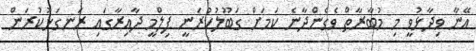
އޭނާ ވިދާޅުވީ މި މުބާރާތް ވެގެންދާނެ ކަމަށް ގަބޫލުކުރަނީ ފިލްމީ ދާއިރާގައި ރަނގަޅުކުރަން